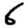
Digit: 6